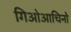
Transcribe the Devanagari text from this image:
गिओआचिनो